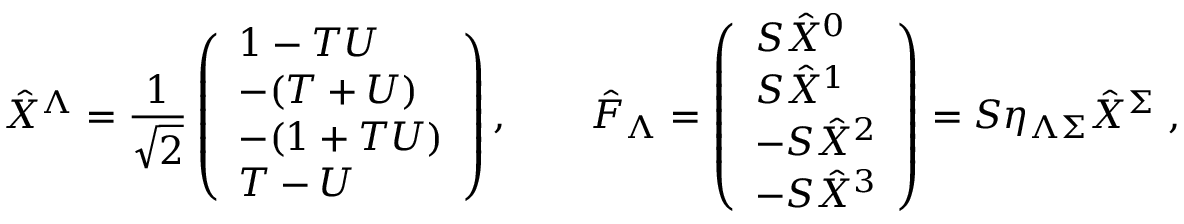
\hat { X } ^ { \Lambda } = { \frac { 1 } { \sqrt 2 } } \left( \begin{array} { l } { { 1 - T U } } \\ { { - ( T + U ) } } \\ { { - ( 1 + T U ) } } \\ { { T - U } } \end{array} \right) , \qquad \hat { F } _ { \Lambda } = \left( \begin{array} { l } { { S \hat { X } ^ { 0 } } } \\ { { S \hat { X } ^ { 1 } } } \\ { { - S \hat { X } ^ { 2 } } } \\ { { - S \hat { X } ^ { 3 } } } \end{array} \right) = S \eta _ { \Lambda \Sigma } \hat { X } ^ { \Sigma } \ ,